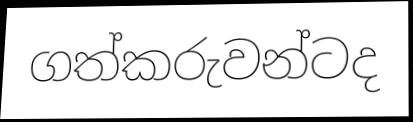
ගත්කරුවන්ටද